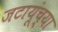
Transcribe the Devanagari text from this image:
जटायूंच्या